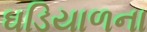
ઘડિયાળના